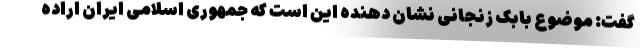
گفت: موضوع بابک زنجانی نشان دهنده این است که جمهوری اسلامی ایران اراده